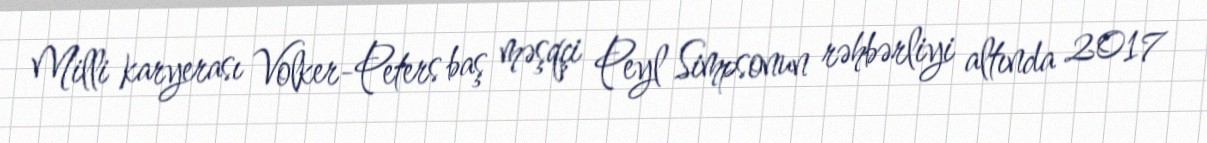
Milli karyerası Volker-Peters baş məşqçi Peyl Simpsonun rəhbərliyi altında 2017